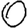
Digit: 0